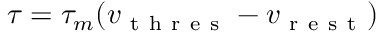
\tau = \tau _ { m } ( v _ { \mathrm { ~ t ~ h ~ r ~ e ~ s ~ } } - v _ { \mathrm { ~ r ~ e ~ s ~ t ~ } } )